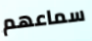
سماعهم